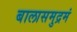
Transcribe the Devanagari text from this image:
बालासमुद्रमं